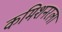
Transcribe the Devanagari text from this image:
कमिशनरला